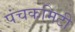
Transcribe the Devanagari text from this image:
पंचकमिटी